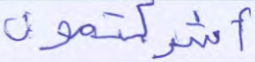
أشركتمون